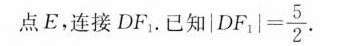
点E，连接DF_{1}.已知$$| D F _ { 1 } | = \frac { 5 } { 2 }$$.